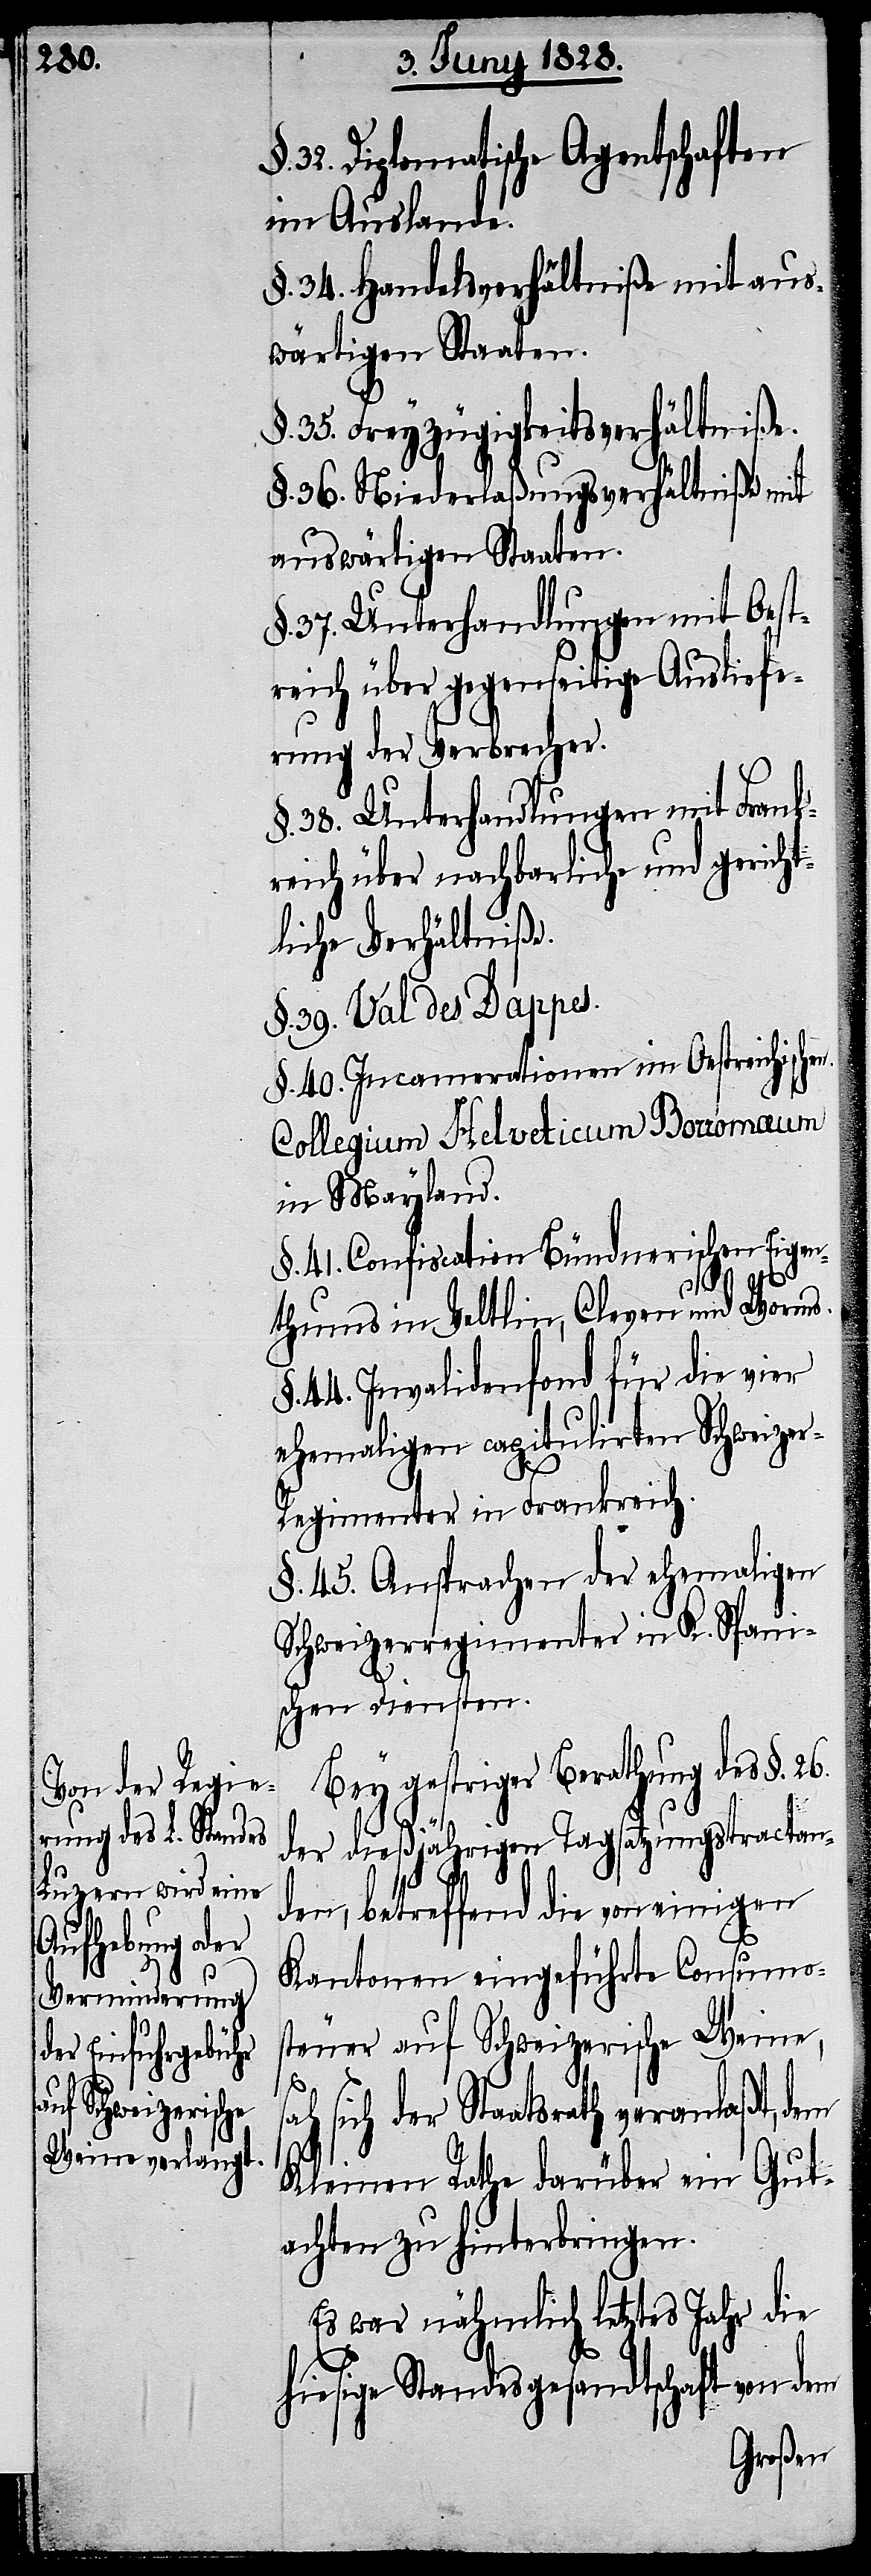
32. Diplomatische Agentschaften
im Auslande.
§. 34. Handelsverhältniße mit aus¬
wärtigen Staaten.
§. 35. Freyzügigkeitsverhältniße.
§. 36. Niederlaßungsverhältniße mit
auswärtigen Staaten.
37. Unterhandlungen mit Oest¬
reich über gegenseitige Ausliefe¬
rung der Verbrecher.
§. 38. Unterhandlungen mit Frank¬
reich über nachbarliche und gericht¬
liche Verhältniße.
§. 39. Val des Dappes.
§. 40. Incamerationen im Oestreichischen
Collegium Helveticum Borromæum
in Mayland.
§. 41. Confiscation Bündnerischen Eigen¬
thums in Veltlin, Cleven und Worms.
44. Invalidenfond für die vier
ehemaligen capitulirten Schweize¬
r-Regimenter in Frankreich.
§. 45. Ansprachen der ehemaligen
Schweizerregimenter in K. Spani¬
schen Diensten.
Bey gestriger Berathung des §. 26.
der dießjährigen Tagsatzungstractan¬
ten, betreffend die von einigen
Kantonen eingeführte Consumos¬
teuer auf Schweizerische Weine,
sich der Staatrath veranlaßt, dem
Kleinen Rathe darüber ein Gut¬
achten zu hinterbringen.
Es war nähmlich letztes Jahr die
hiesige Standesgesandtschaft von dem